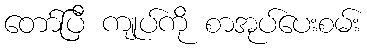
တော်ပြီ ကျုပ်ကို စာအုပ်ပေးစမ်း